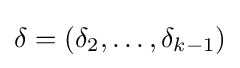
\mathbf {\delta } =(\delta _{2},\ldots ,\delta _{k-1})